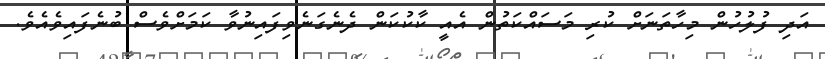
އަދި ފުލުހުން މިހާތަނަށް ކުރި މަސައްކަތުން އެއީ ކާކުކަން ދެނެގަނެވިފައިނުވާ ކަމަށްވެސް ބުނެފައިވެއެވެ.